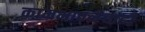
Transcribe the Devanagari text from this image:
कामभावनेचाही